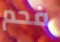
فحم